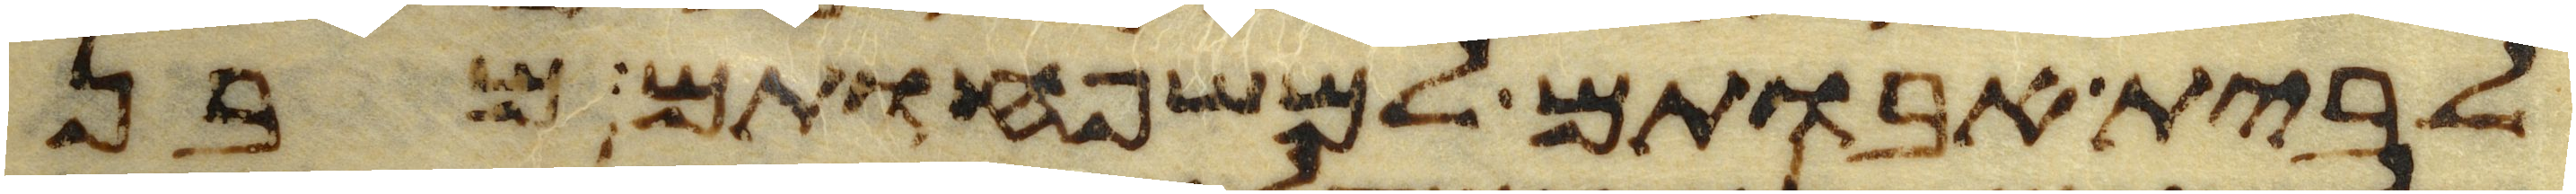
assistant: לבית אבותם למשפחותם מבן